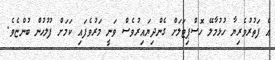
އެ ފަތުރުވެރިޔާ ހުޅުމާލޭ ހޮސްޕިޓަލަށް ގެންދިޔައިރުވެސް ވަނީ މަރުވެފައި ކަމަށް ފުލުހުން ބުންޏެވެ.